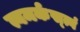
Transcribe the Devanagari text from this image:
त्वमर्कस्त्वं